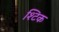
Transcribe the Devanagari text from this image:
श्टिक